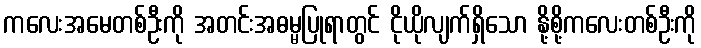
ကလေးအမေတစ်ဦးကို အတင်းအဓမ္မပြုရာတွင် ငိုယိုလျက်ရှိသော နို့စို့ကလေးတစ်ဦးကို